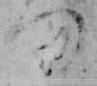
つ